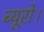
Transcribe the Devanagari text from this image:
ब्यूरो।